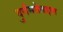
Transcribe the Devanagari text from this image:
दुर्गमतेबद्दल